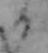
る